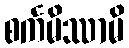
စင်္ကမိဿာမိ